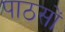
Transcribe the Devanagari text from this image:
पाठसों